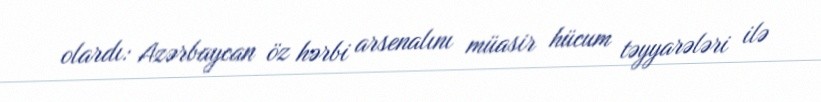
olardı: Azərbaycan öz hərbi arsenalını müasir hücum təyyarələri ilə